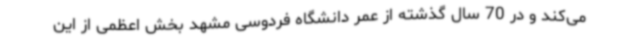
می‌کند و در 70 سال گذشته از عمر دانشگاه فردوسی مشهد بخش اعظمی از این